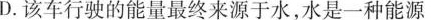
D.该车行驶的能量最终来源于水，水是一种能源